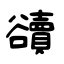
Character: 豄